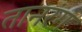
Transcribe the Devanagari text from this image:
तानरंग